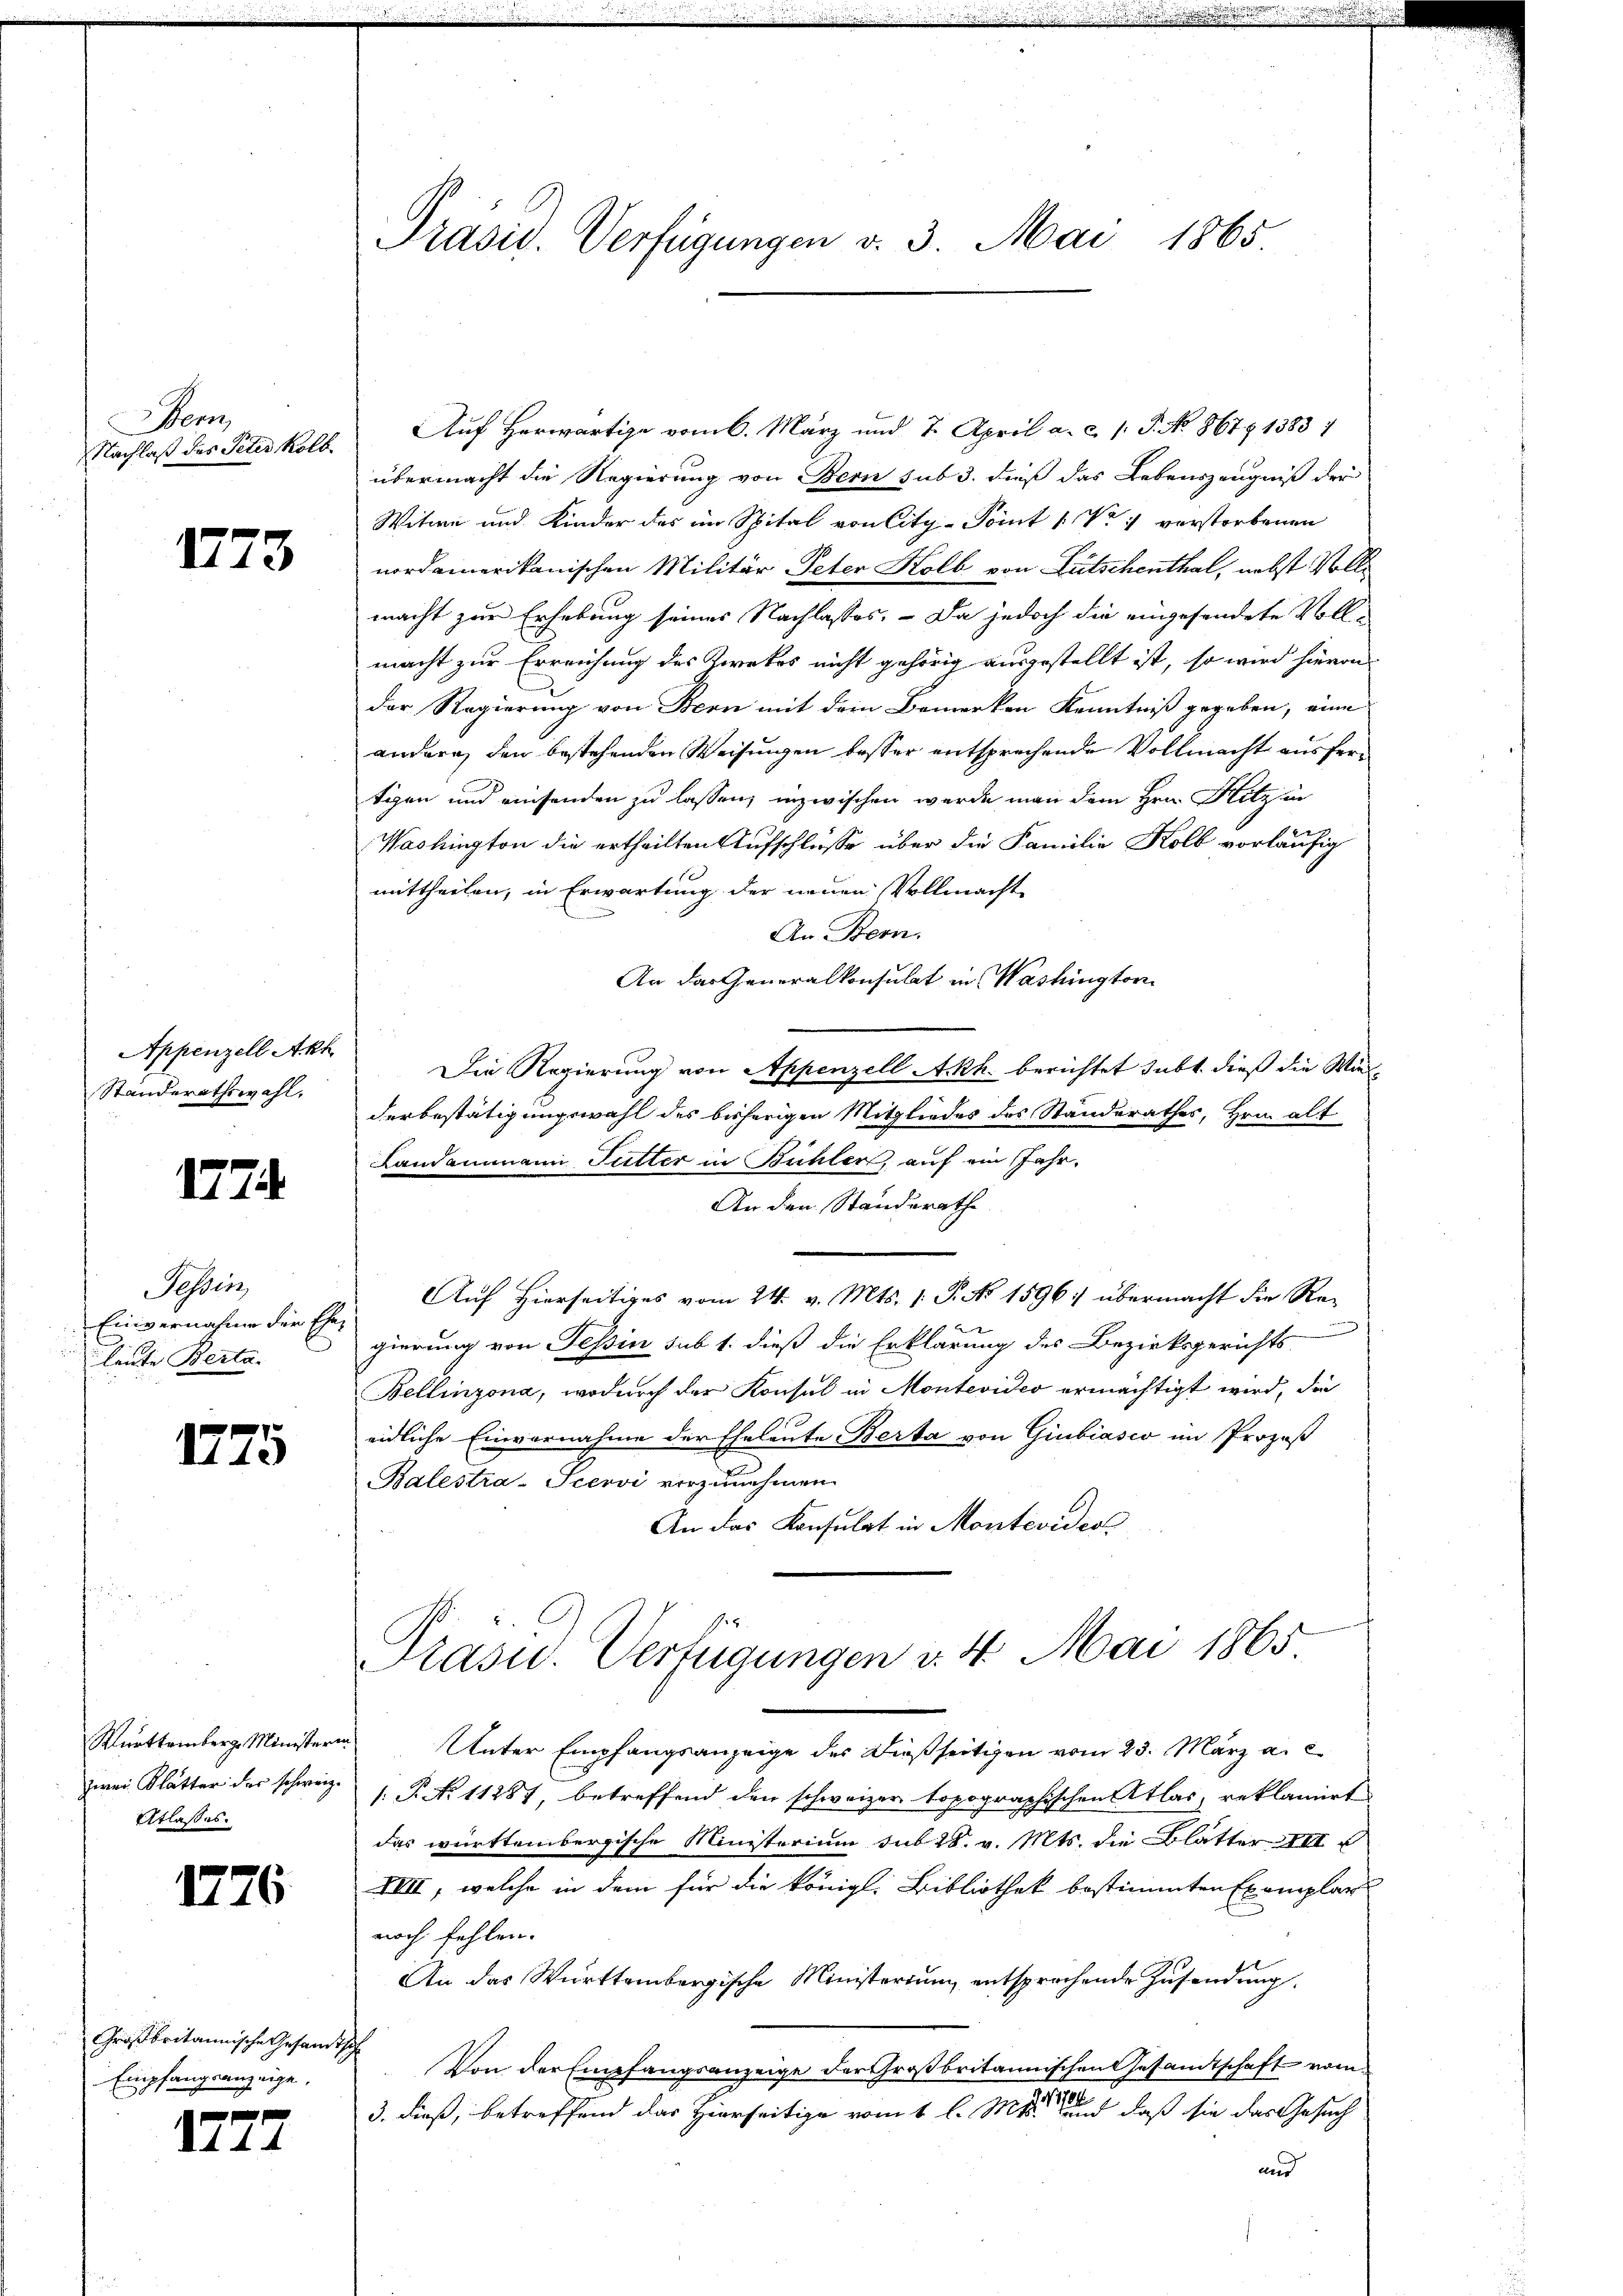
en
Nachlaß des Peter Kolb

473

Appenzell Akt
Standerathswahl.

1774

Tessin,
Einvernahme der Ehe
E
d
leute Berta-

1775

Württemberg. Minister
zwei Blätter des schweiz.
Etlasses.

1776

Großbritannische Gesandtsch
Empfangsanzeige.

44. 4

Auf Herwärtige vom 6. März und 7. April a. c. l. J. No. 867. 1383/
übermacht die Regierung von Bern sub 3. dieß das Lebenszeugniß der
Witwe und Kinder des im Spital von City-Point 1 Xr verstorbenen
nordamerikanischen Militär Peter Kolb von Gutschenthal, nebst Volle
macht zur Erhebung seines Nachlasses. - Da jedoch die eingesendete Voll-
macht zur Erreichung des Zwekes nicht gehörig ausgestellt ist, so wird hievon
der Regierung von Bern mit dem Bemerken Kenntniß gegeben, eine
andern den bestehenden Weisungen besser entsprechende Vollmacht ausfertigen und einsenden zu lassen, inzwischen werde man dem Hrn. Hitzen
Washington die ertheilten Aufschlüsse über die Familie Kolb vorläufig
mittheilen, in Erwartung der neuen Vollmachte
An Bern.
An das Generalkonsulat in Washingtor
Die Regierung von Appenzell A.Rh. berichtet subt, dieß die Wiederbestätigungswahl des bisherigen Mitgliedes des Standerathes, Hrn. alt
Landammann Futter in Bühler, auf ein Jahr.
An den Standerathe
Auf hierseitiges vom 24. v. Mts. 1. P. Nr. 1596: übermacht die Re¬
A
gierung von Tessin sub 1. dieß die Erklärung des Bezirksgerichts
Bellinzona, wodurch der Konsul in Montevideo ermächtigt wird, die
eidliche Einvernahme der Eheleute Berta von Giubiasco im Prozeß
Balestra-Seervi vorzunehmen.
An das Konsulat in Monteviden
Präsid. Verfügungen v. 4. Mai 1865
in Unter Empfangsanzeige des dießseitigen vom 23. März a. c.
1.P. N. 11287, betreffend den schweizer topographischen Atlas, reklamirt
das württembergische Ministerium das 28. v. Mts. die Blätter III
IVII, welche in dem für die königl. Bibliothek bestimmten Exemplar
noch fehlen.
An das Württembergische Ministerium entsprechende Zusendung
Von der Empfangsanzeige der Großbritannischen Gesandtschaft vom
3. dieß, betreffend das Hierseitige vom 1 l. Mts. und daß sie das Gesuch
und

Präsid. Verfügungen v. 3. Mai 1865.